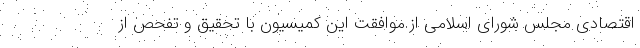
اقتصادی مجلس شورای اسلامی از موافقت این کمیسیون با تحقیق و تفحص از